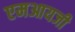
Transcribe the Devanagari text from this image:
एमआयजी